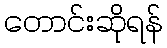
တောင်းဆိုရန်